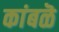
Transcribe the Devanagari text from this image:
कांबळॆ